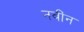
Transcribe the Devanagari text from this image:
नवींन